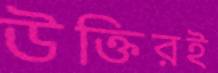
উক্তিরই